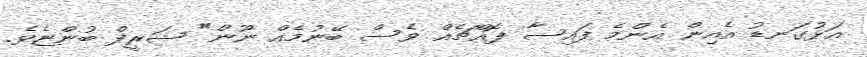
އަޅުގަނޑު އެއިން އެންމެ ފައިސާ ފޮއްޗެއް ވެސް ބޭނުމެއް ނޫން" ޝަރީފް ބުންޏެވެ.